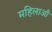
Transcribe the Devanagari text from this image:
महिलाऑँ